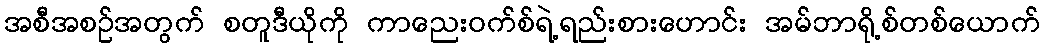
အစီအစဉ်အတွက် စတူဒီယိုကို ကာညေးဝက်စ်ရဲ့ရည်းစားဟောင်း အမ်ဘာရို့စ်တစ်ယောက်